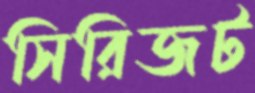
সিরিজট